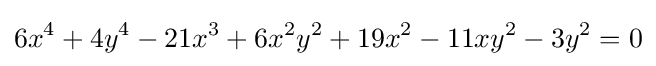
6x^{4}+4y^{4}-21x^{3}+6x^{2}y^{2}+19x^{2}-11xy^{2}-3y^{2}=0